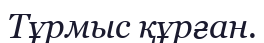
Тұрмыс құрған.